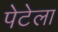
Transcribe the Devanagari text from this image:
पेटेला